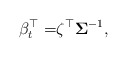
\begin{align*}\beta^{\top}_t =& \zeta^{\top} \mathbf{\Sigma} ^{-1},\end{align*}